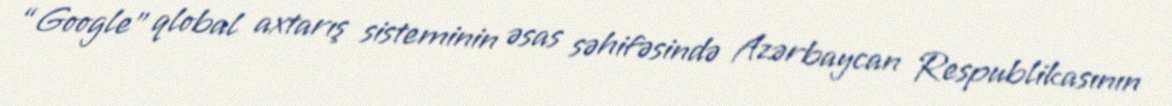
“Google” qlobal axtarış sisteminin əsas səhifəsində Azərbaycan Respublikasının